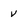
Character: v